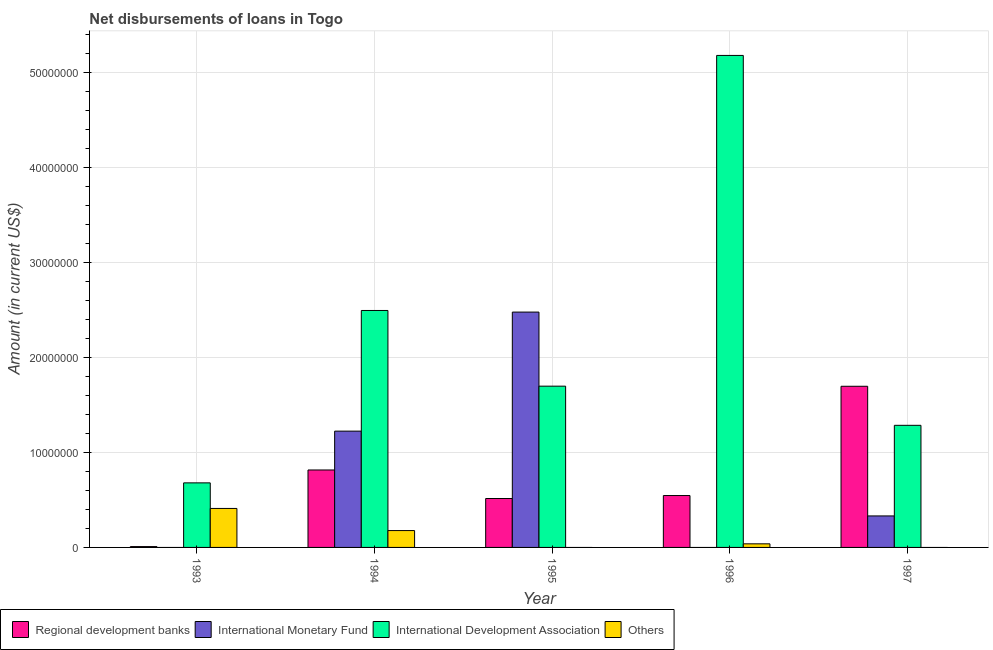
| Year | Regional development banks | International Monetary Fund | International Development Association | Others |
 | --- | --- | --- | --- | --- |
 | 1993 | 8.8e+04 | -1.07e+06 | 6.8e+06 | 4.11e+06 |
 | 1994 | 8.16e+06 | 1.23e+07 | 2.5e+07 | 1.78e+06 |
 | 1995 | 5.15e+06 | 2.48e+07 | 1.7e+07 | -1.85e+06 |
 | 1996 | 5.47e+06 | -1.12e+07 | 5.18e+07 | 3.79e+05 |
 | 1997 | 1.7e+07 | 3.32e+06 | 1.29e+07 | -8.14e+06 |